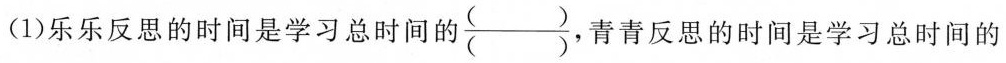
(1)乐乐反思的时间是学习总时间的\frac{()}{()},青青反思的时间是学习总时间的